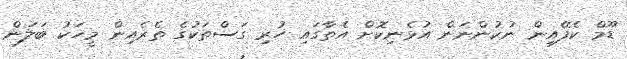
ޑޫމް ކެފޭއިން ނުކުންނަން އުޅެނިކޮށް އެތާގައި ހުރި ގަސްތަކުގެ ތެރެއިން މީހަކު ބަލަން